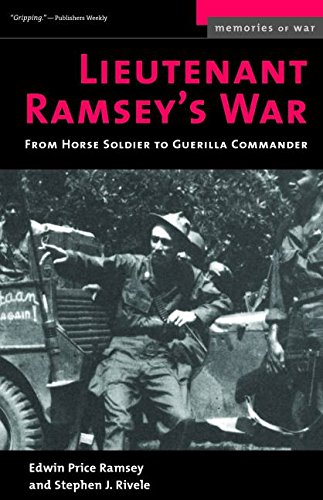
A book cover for Lieutenant Ramsey's War: From Horse Soldier to Guerrilla Commander (Memories of War); Edwin P Ramsey; History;